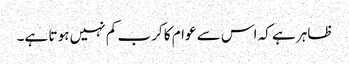
ظاہر ہے کہ اس سے عوام کا کرب کم نہیں ہو تا ہے۔